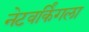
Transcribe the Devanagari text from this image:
नेटवर्किंगला